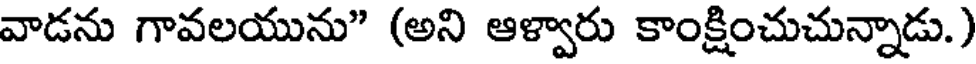
వాడను గావలయును" (అని ఆళ్వారు కాంక్షించుచున్నాడు.)